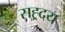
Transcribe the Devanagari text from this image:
सह्र्दय